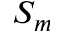
S _ { m }